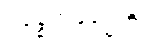
ပစ္စေကဗုဒ္ဓေဟိ